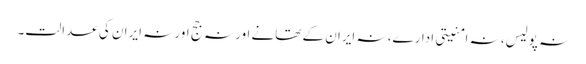
نہ پولیس، نہ امنیتی ادارے، نہ ایران کے تھانے اور نہ جج اور نہ ایران کی عدالت۔